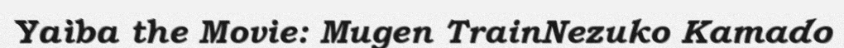
Yaiba the Movie: Mugen TrainNezuko Kamado